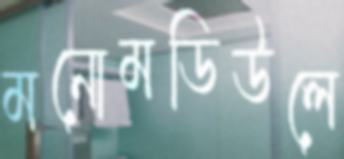
মনোমডিউলে